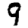
Digit: 9